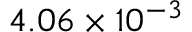
4 . 0 6 \times 1 0 ^ { - 3 }